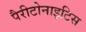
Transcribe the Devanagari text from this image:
पैरीटोनाइटिस